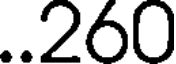
..260